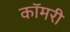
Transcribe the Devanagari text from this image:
कॉमरी